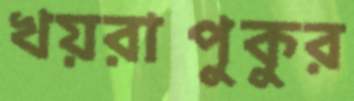
খয়রাপুকুর